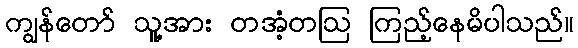
ကျွန်တော် သူ့အား တအံ့တဩ ကြည့်နေမိပါသည်။